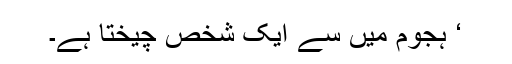
‘ ہجوم میں سے ایک شخص چیختا ہے۔